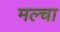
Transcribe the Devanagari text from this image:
मल्‍चा